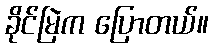
ခိုင်မြဲက ပြောတယ်။